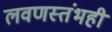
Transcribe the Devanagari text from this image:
लवणस्तंभही